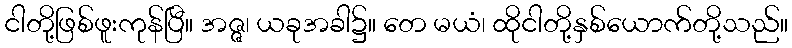
ငါတို့ဖြစ်ဖူးကုန်ပြီ။ အဇ္ဇ၊ ယခုအခါ၌။ တေ မယံ၊ ထိုငါတို့နှစ်ယောက်တို့သည်။